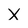
Character: X